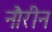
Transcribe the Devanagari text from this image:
नौरीन